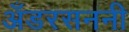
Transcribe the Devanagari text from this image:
अँडरसननी